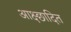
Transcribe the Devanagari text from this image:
आक्ष्छादित